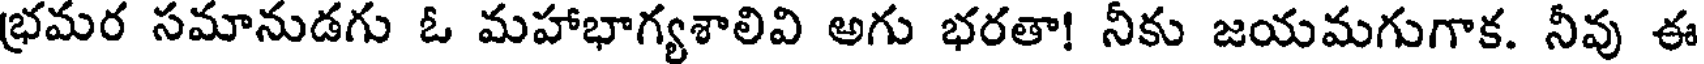
భ్రమర సమానుడగు ఓ మహాభాగ్యశాలివి అగు భరతా! నీకు జయమగుగాక. నీవు ఈ